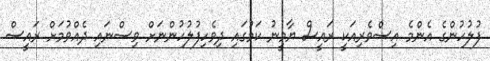
ފުލުހުންގެ އެންމެ އިސްވެރިއަކީ ރައީސް ޔާމީނު ކަމުގައި ދިވެހިފުލުހުންނަށް ވިސްނައި ދެއްވުމަށް ރައީސް